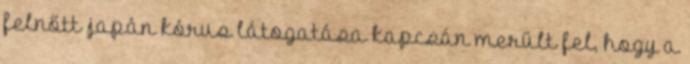
felnőtt japán kórus látogatása kapcsán merült fel, hogy a